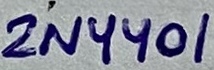
Text: 2N4401